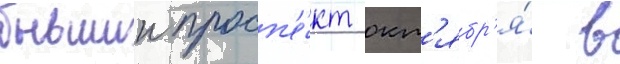
бывшии просп'е́кт окт'ябр'я́ в